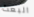
البعث